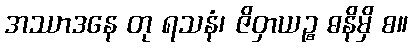
အဿာဒနေ တု ရသနံ၊ ဇိဝှာယဉ္စ ဓနိမှိ စ။